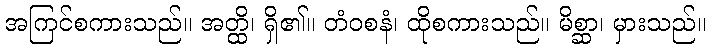
အကြင်စကားသည်။ အတ္ထိ၊ ရှိ၏။ တံဝစနံ၊ ထိုစကားသည်။ မိစ္ဆာ၊ မှားသည်။